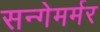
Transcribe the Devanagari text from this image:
सन्गेमर्मर